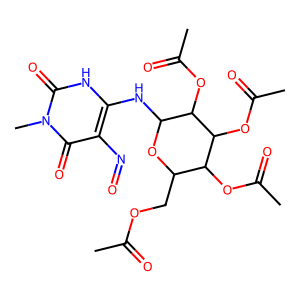
SMILES: CC(=O)OCC1OC(Nc2[nH]c(=O)n(C)c(=O)c2N=O)C(OC(C)=O)C(OC(C)=O)C1OC(C)=O
Inhibits HIV replication: No